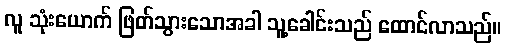
လူ သုံးယောက် ဖြတ်သွားသောအခါ သူ့ခေါင်းသည် ထောင်လာသည်။